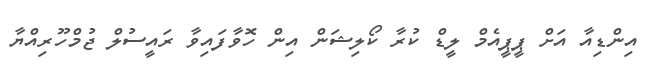
އިންޑިއާ އަށް ޕީޕީއެމް ލީޑް ކުރާ ކޯލިޝަން އިން ހޮވާފައިވާ ރައީސުލް ޖުމްހޫރިއްޔާ